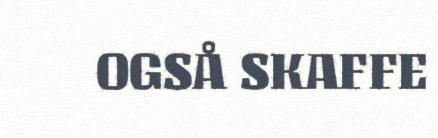
OGSÅ SKAFFE